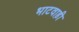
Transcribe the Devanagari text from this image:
भाटवाड़ी